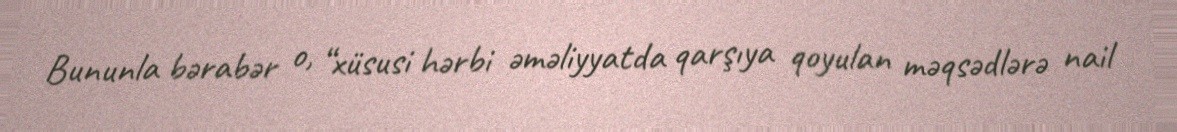
Bununla bərabər o, “xüsusi hərbi əməliyyatda qarşıya qoyulan məqsədlərə nail